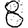
Digit: 8